Vaccination United Provinces of Agra and Oudh 1923-1928 - 1923-1928
Year: 1923
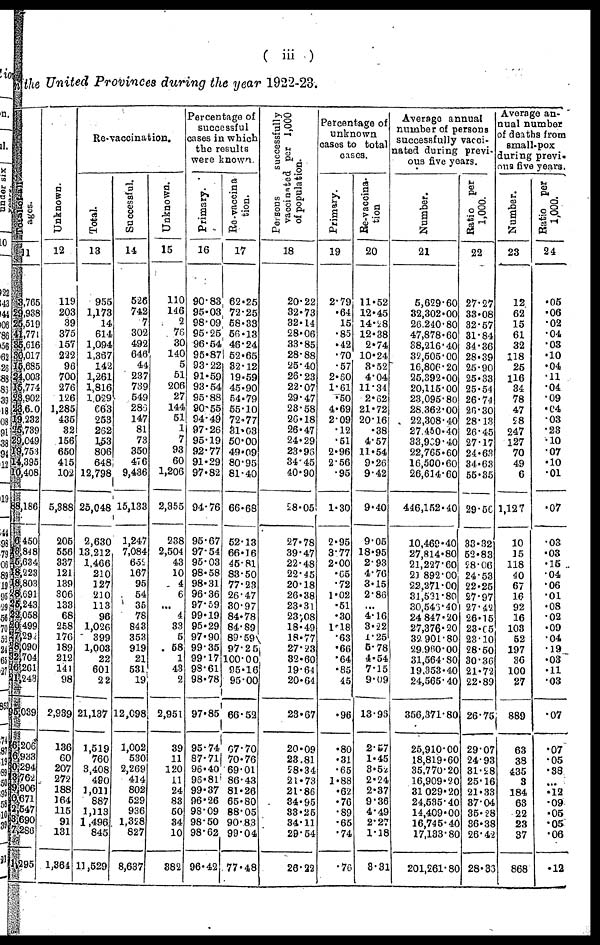
( iii )
in the United Provinces during the year 1922-23.
Total of all
ages.
11
3,765
29,938
25,519
41,771
35,616
30,017
15,685
24,003
15,774
23,902
23,610
19,232
25,739
29,049
19,753
14,395
10,408
88,186
6,450
48,848
15,634
18,223
18,803
28,691
25,243
22,058
20,499
27,292
28,090
32,704
16,261
21,243
95,039
16,206
46,933
30,294
13,762
29,906
10,671
12,547
3,690
7,286
71,295
Unknown.
12
119
203
39
375
157
222
96
700
276
126
1,285
435
32
156
650
415
102
5,388
205
556
337
121
139
306
133
68
258
176
189
212
141
98
2,939
136
60
207
272
188
164
115
91
131
1,364
Re-vaccination.
Total.
13
955
1,173
14
614
1,094
1,367
142
1,261
1,816
1,029
663
253
262
153
806
648
12,798
25,048
2,630
13,212
1,466
210
127
210
113
96
1,026
399
1,003
22
601
22
21,137
1,519
760
3,408
490
1,011
887
1,113
1,496
845
11,529
Successful.
14
526
742
7
302
492
646
44
237
739
549
286
147
81
73
350
476
9,436
15,133
1,247
7,084
652
167
95
54
35
78
843
353
919
21
531
19
12,098
1,002
530
2,269
414
802
529
936
1,328
827
8,637
Unknown.
15
110
146
2
76
30
140
5
51
206
27
144
51
1
7
93
60
1,206
2,355
238
2,504
43
10
4
6
...
4
33
5
58
1
43
2
2,951
39
11
120
11
24
83
50
34
10
382
Percentage of
successful
cases in which
the results
were known.
Primary.
16
90.83
95.03
98.09
95.25
96.54
95.87
93.22
91.59
93.54
95.88
90.55
94.49
97.26
95.19
92.77
91.29
97.82
94.76
95.67
97.54
95.03
98.58
98.31
96.36
97.59
99.19
95.29
97.90
99.35
99.17
98.61
98.78
97.85
95.74
87.71
96.40
96.81
99.37
96.26
98.09
98.50
98.62
96.42
Re-vaccina¬
tion.
17
62.25
72.25
58.33
56.13
46.24
52.65
32.12
19.59
45.90
54.79
55.10
72.77
31.03
50.00
49.09
80.95
81.40
66.68
52.13
66.16
45.81
83.50
77.23
26.47
30.97
84.78
84.89
89.59
97.25
100.00
95.16
95.00
66.52
67.70
70.76
69.01
86.43
81.26
65.80
88.05
90.83
99.04
77.48
Persons
successfully
vaccinated per 1,000
of population.
18
20.22
32.73
32.14
28.06
33.85
28.88
25.40
26.23
22.07
29.47
23.58
26.18
26.47
24.29
23.96
34.45
40.90
28.05
27.78
39.47
22.48
22.45
20.18
26.38
23.31
23.08
18.49
18.77
27.23
32.60
19.64
20.64
23.67
20.09
23.81
28.34
21.73
21.86
34.95
33.25
34.11
29.54
26.22
Percentage of
unknown
cases to total
cases.
Primary.
19
2.79
.64
.15
.85
.42
.70
.57
2.60
1.61
.50
4.69
2.09
.12
.51
2.96
2.56
.95
1.30
2.95
3.77
2.00
.65
.72
1.02
.51
.30
1.18
.63
.66
.64
.85
.45
.96
.80
.31
.65
1.88
.62
.76
.89
.65
.74
.76
Re-vaccina¬
tion.
20
11.52
12.45
14.28
12.38
2.74
10.24
3.52
4.04
11.34
2.62
21.72
20.16
.38
4.57
11.54
9.26
9.42
9.40
9.05
18.95
2.93
4.76
3.15
2.86
...
4.16
3.22
1.25
5.78
4.54
7.15
9.09
13.96
2.57
1.45
3.52
2.24
2.37
9.36
4.49
2.27
1.18
3.31
Average annual
number of persons
successfully vacci-
nated during previ-
ous five years.
Number.
21
5,629.60
32,302.00
26,240.80
47,878.60
38,216.40
32,505.00
16,806.20
25,392.00
20,115.00
23,095.80
28,362.00
22,308.40
27,450.40
33,969.40
22,765.60
16,500.60
26,614.60
446,152.40
10,469.40
27,814.80
21,227.60
21,892.00
22,271.00
31,581.80
30,546.40
24,847.20
27,376.20
32,901.80
29,960.00
31,564.80
19,353.40
24,565.40
356,371.80
25,910.00
18,819.60
35,770.20
16,909.20
31,029.20
24,535.40
14,409.00
16,745.40
17,133.80
201,261.80
Ratio per
1,000.
22
27.27
33.08
32.57
31.84
34.36
28.39
25.90
25.33
25.54
26.74
26.30
28.13
26.45
27.17
24.63
34.63
55.35
29.56
33.32
52.83
28.06
24.53
22.25
27.97
27.42
26.15
23.65
23.10
28.50
30.36
21.72
22.89
26.75
29.07
24.93
31.28
25.16
21.33
37.04
35.28
36.38
26.42
28.36
Average an-
nual number
of deaths from
small-pox
during previ¬
ous five years.
Number.
23
12
62
15
61
32
118
25
116
34
78
47
28
247
127
70
49
6
1,127
10
15
118
40
67
16
92
16
103
52
197
36
100
27
889
63
38
435
3
184
63
22
23
37
868
Ratio per
1,000.
24
.05
.06
.02
.04
.03
.10
.04
.11
.04
.09
.04
.03
.23
.10
.07
.10
.01
.07
.03
.03
.15
.04
.06
.01
.08
.02
.09
.04
.19
.03
.11
.03
.07
.07
.05
.38
...
.12
.09
.05
.05
.06
.12